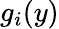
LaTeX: g_{i}(y)